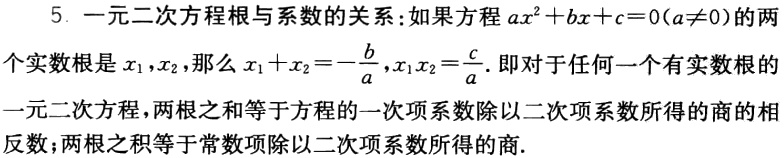
5. 一元二次方程根与系数的关系：如果方程\(ax^{2}+bx + c = 0(a\neq0)\)的两个实数根是\(x_{1},x_{2}\)，那么\(x_{1}+x_{2}=-\frac{b}{a},x_{1}x_{2}=\frac{c}{a}\). 即为对于任何一个有实数根的一元二次方程，两根之和等于方程的一次项系数除以二次项系数所得的商的相反数；两根之积等于常数项除以二次项系数所得的商.